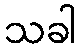
သခါ